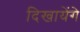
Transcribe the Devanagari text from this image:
दिखायेंगे